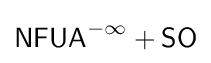
{\mathsf {NFUA}}^{-\infty }+{\mathsf {SO}}